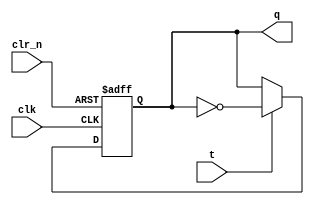
/*
negative edge triggered t flip-flop behavioral code with async reset
*/

module t_flipflop(input t, input clk, input clr_n, output reg q);
    always @(negedge clk or negedge clr_n) begin
        if(!clr_n)
            q <= 1'b0;
        else if(t)
            q <= ~q;
        else 
            q <= q;
    end
endmodule